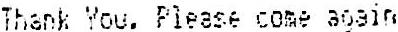
THANK YOU. PLEASE COME AGAIN